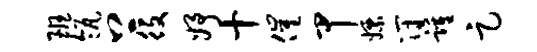
班瓴上役妤十催甲嫖符踵足